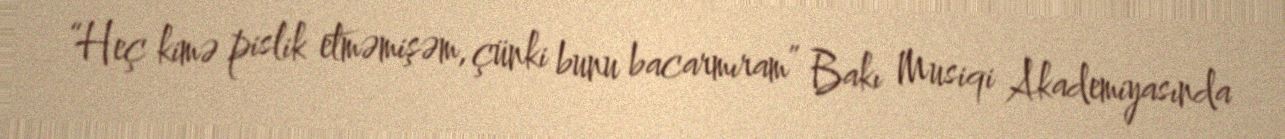
“Heç kimə pislik etməmişəm, çünki bunu bacarmıram” Bakı Musiqi Akademiyasında